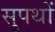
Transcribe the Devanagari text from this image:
सुपथों